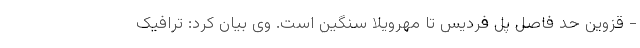
- قزوین حد فاصل پل فردیس تا مهرویلا سنگین است. وی بیان کرد: ترافیک